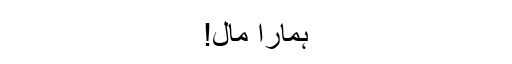
ہمارا مال!